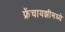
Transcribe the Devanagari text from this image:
फ्रेंचायझीमध्ये